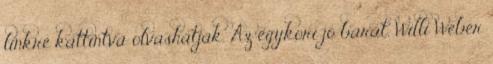
linkre kattintva olvashatják. Az egykori jó barát, Willi Weber